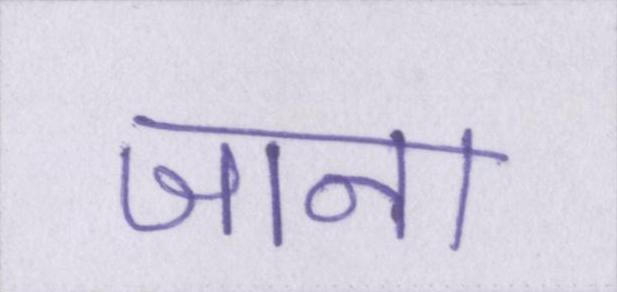
जाना